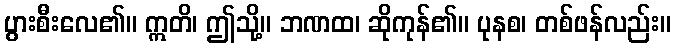
ပွားစီးလေ၏။ ဣတိ၊ ဤသို့။ ဘဏထ၊ ဆိုကုန်၏။ ပုနစ၊ တစ်ဖန်လည်း။